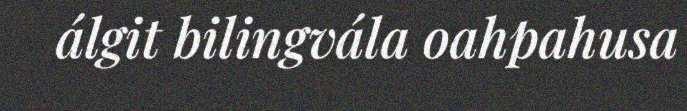
álgit bilingvála oahpahusa